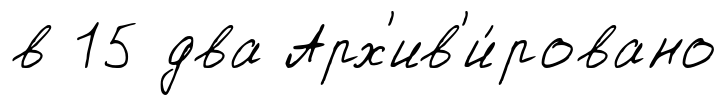
в 15 два Арх'ив'и́ровано